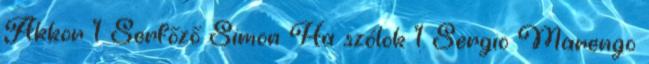
Akkor 1 Serfőző Simon Ha szólok 1 Sergio Marengo